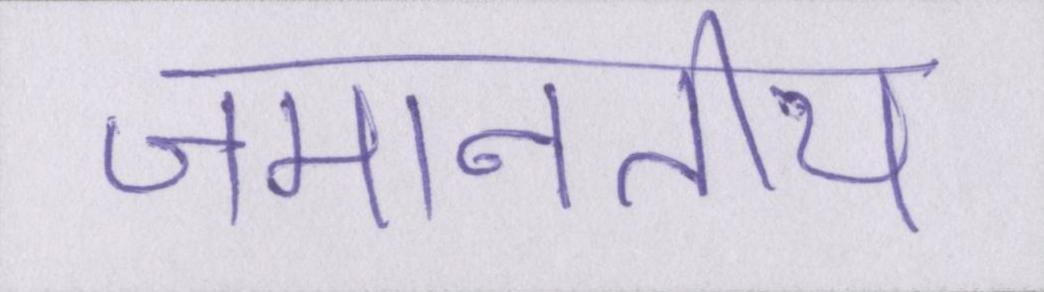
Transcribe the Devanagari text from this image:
जमानतीय